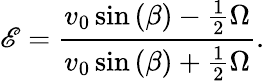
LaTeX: \mathscr{E}=\frac{{v_{0}\sin{(\beta)}-\frac{{1}}{{2}}\Omega}}{{v_{0}\sin{(\beta)}+\frac{{1}}{{2}}\Omega}}.